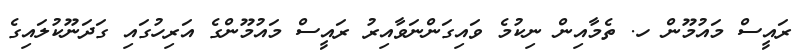
ރައީސް މައުމޫން ހ. ތެމާއިން ނިކުމެ ވަައިގަންނަވާއިރު ރައީސް މައުމޫންގެ އަރިހުގައި ގަދަނޫކުލައިގެ